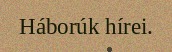
Háborúk hírei.